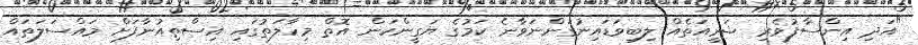
"އަދި އިންސާފުވެރި ޝަރީއަތެއް ލިބިވަޑައިނުގަންނަވާނެ ކަމުގެ ޔަގީންކަން އޮތް މިހާލަތުގައި އިސްތިއުނާފަށް މައްސަލަތައް